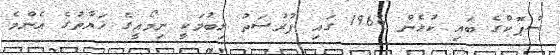
ސްޕޮކްގެ ބައި ކުޅެން 1966 ގައި ފުރުސަތު ލިބުމަކީ ނިމޯއީގެ ހަޔާތުގެ އެންމެ